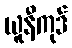
ယူနီကုဒ်